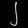
Digit: ၂